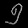
Digit: ၅